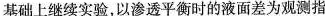
基础上继续实验，以渗透平衡时的液面差为观测指